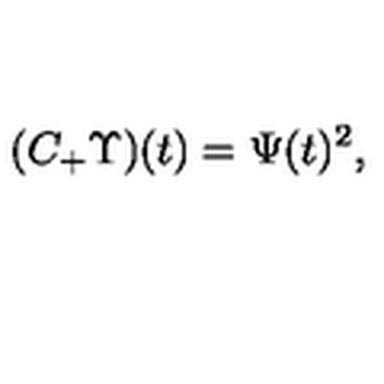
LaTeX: ( C _ { + } \Upsilon ) ( t ) = \Psi ( t ) ^ { 2 } , ~